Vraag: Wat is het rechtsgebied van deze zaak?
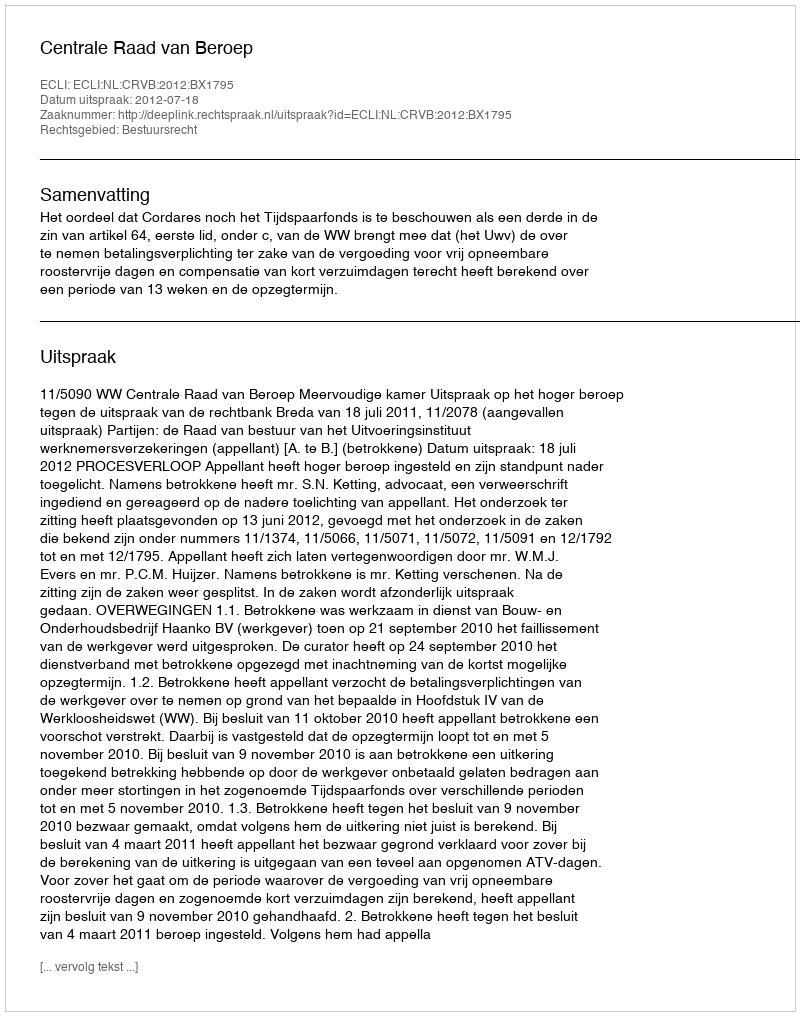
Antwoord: Bestuursrecht